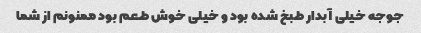
جوجه خیلی آبدار طبخ شده بود و خیلی خوش طعم بود ممنونم از شما